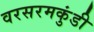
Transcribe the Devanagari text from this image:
वरसरमकुंडी